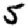
Digit: 5